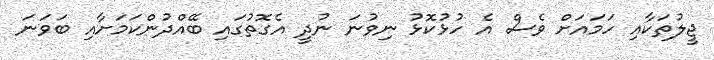
ޖީލުތަކާއި ހަމައަށް ވެސް އެ ހުޅުކޮޅު ނިވުނަ ނުދީ އެގޮތުގައި ބޭއްދުންކަމަށާއި ބަވަނަ